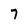
Character: 7